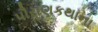
પૌરાણકથાના